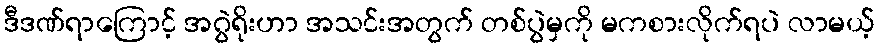
ဒီဒဏ်ရာကြောင့် အဂွဲရိုးဟာ အသင်းအတွက် တစ်ပွဲမှကို မကစားလိုက်ရပဲ လာမယ့်